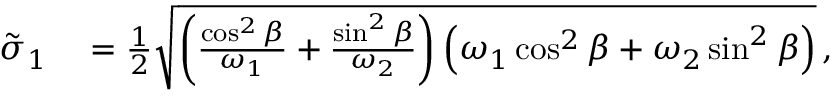
\begin{array} { r l } { \tilde { \sigma } _ { 1 } } & { { } = \frac { 1 } { 2 } \sqrt { \left( \frac { \cos ^ { 2 } \beta } { \omega _ { 1 } } + \frac { \sin ^ { 2 } \beta } { \omega _ { 2 } } \right) \left( \omega _ { 1 } \cos ^ { 2 } \beta + \omega _ { 2 } \sin ^ { 2 } \beta \right) } \, , } \end{array}